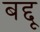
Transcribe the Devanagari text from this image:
बद्दू